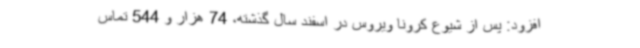
افزود: پس از شیوع کرونا ویروس در اسفند سال گذشته، 74 هزار و 544 تماس